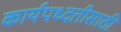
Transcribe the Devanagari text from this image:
कार्यपध्दतीसाठी